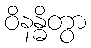
ဝိနန္ဓိတွာ